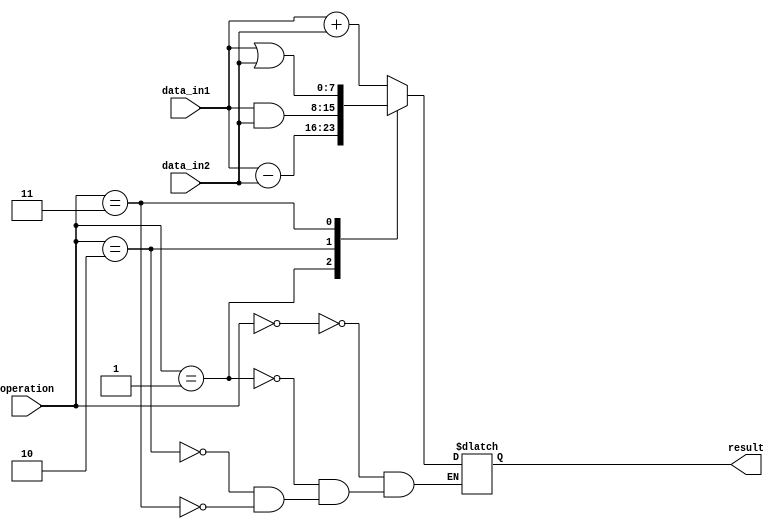
module ALU (
    input [7:0] data_in1,
    input [7:0] data_in2,
    input [2:0] operation, // Operation decoder
    output reg [7:0] result
);

// Declare operation parameters
parameter ADD = 3'b000;
parameter SUB = 3'b001;
parameter AND_OP = 3'b010;
parameter OR_OP = 3'b011;
// Add more operations as needed

// Perform arithmetic and logic operations based on decoder input
always @(*) begin
    case(operation)
        ADD: result = data_in1 + data_in2;
        SUB: result = data_in1 - data_in2;
        AND_OP: result = data_in1 & data_in2;
        OR_OP: result = data_in1 | data_in2;
        // Add more cases for additional operations
    endcase
end

endmodule